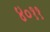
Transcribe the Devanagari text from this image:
४०११